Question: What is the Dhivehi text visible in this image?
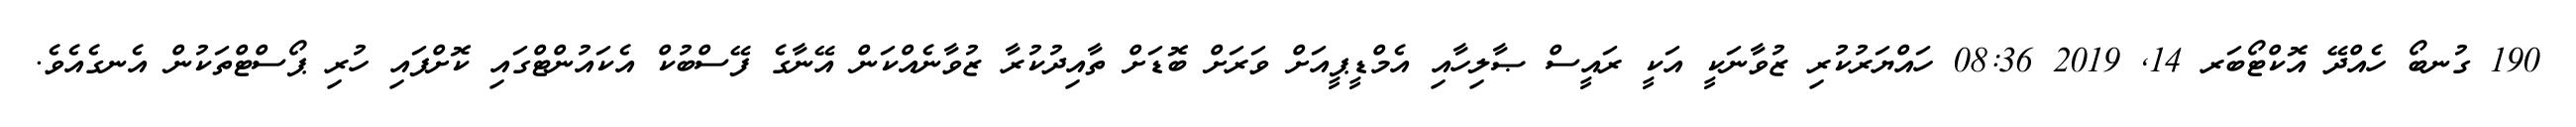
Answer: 190 ގުނބޯ ހެއްދޭ އޮކްޓޯބަރ 14, 2019 08:36 ހައްޔަރުކުރި ޒުވާނަކީ އަކީ ރައީސް ޞާލިހާއި އެމްޑީޕީއަށް ވަރަށް ބޮޑަށް ތާއިދުކުރާ ޒުވާނެއްކަން އޭނާގެ ފޭސްބުކް އެކައުންޓްގައި ކޮށްފައި ހުރި ޕޯސްޓްތަކުން އެނގެއެވެ.